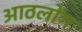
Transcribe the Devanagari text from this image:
आठलोंग